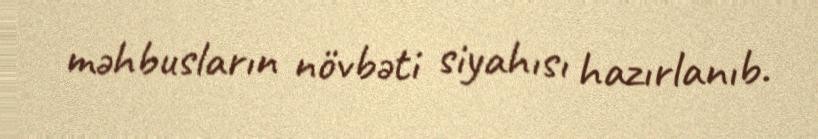
məhbusların növbəti siyahısı hazırlanıb.